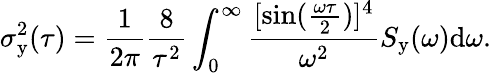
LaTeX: \sigma_{\mathrm{y}}^{2}(\tau)=\frac{1}{2\pi}\frac{8}{\tau^{2}}\int_{0}^{\infty}\frac{[\sin(\frac{\omega\tau}{2})]^{4}}{\omega^{2}}S_{\mathrm{y}}(\omega)\mathrm{d}\omega.